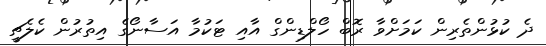
ދެ ކުޅުންތެރިން ކަމަށްވާ ރޮބް ހޯލްޑިންގް އާއި ޓަކުމާ އަސާނޯގެ އިތުރުން ކެލެޗީ